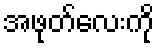
အဖုတ်လေးကို